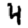
Digit: 4